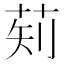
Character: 𬜱